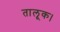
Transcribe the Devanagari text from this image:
तालूक।